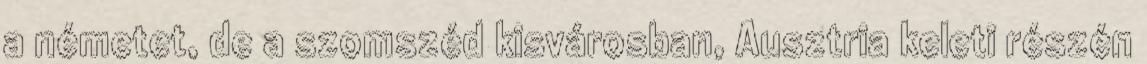
a németet, de a szomszéd kisvárosban, Ausztria keleti részén